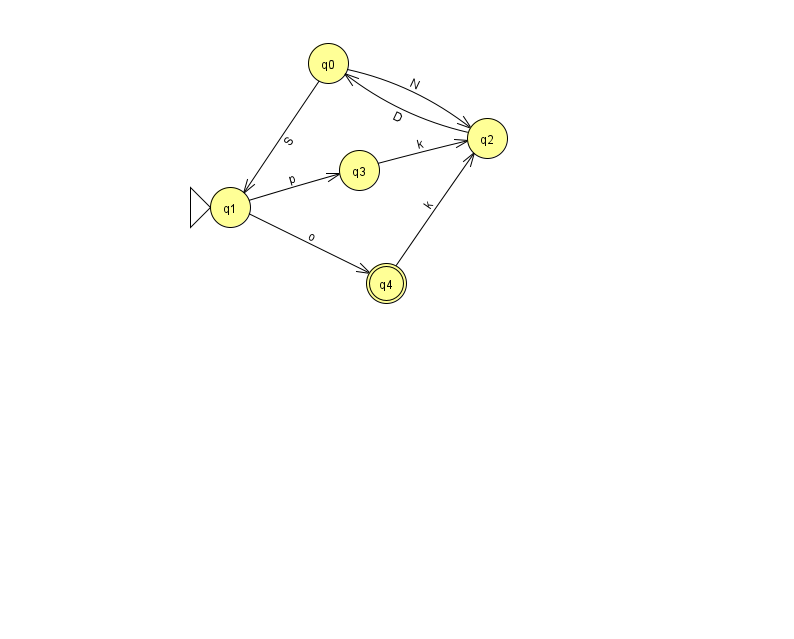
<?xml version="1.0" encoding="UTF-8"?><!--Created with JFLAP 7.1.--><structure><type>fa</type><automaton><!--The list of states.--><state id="0" name="q0"><x>328.0</x><y>50.0</y></state><state id="1" name="q1"><x>230.0</x><y>194.0</y><initial/></state><state id="2" name="q2"><x>487.0</x><y>125.0</y></state><state id="3" name="q3"><x>359.0</x><y>157.0</y></state><state id="4" name="q4"><x>386.0</x><y>270.0</y><final/></state><!--The list of transitions.--><transition><from>1</from><to>3</to><read>p</read></transition><transition><from>0</from><to>2</to><read>N</read></transition><transition><from>1</from><to>4</to><read>o</read></transition><transition><from>4</from><to>2</to><read>k</read></transition><transition><from>3</from><to>2</to><read>k</read></transition><transition><from>2</from><to>0</to><read>D</read></transition><transition><from>0</from><to>1</to><read>S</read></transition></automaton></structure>